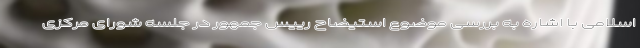
اسلامی با اشاره به بررسی موضوع استیضاح رییس جمهور در جلسه شورای مرکزی